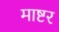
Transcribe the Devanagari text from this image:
माष्टर